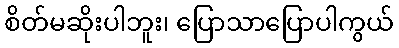
စိတ်မဆိုးပါဘူး၊ ပြောသာပြောပါကွယ်